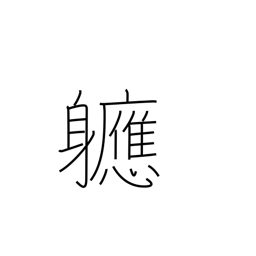
Meaning: soon after